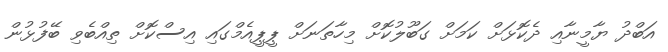
އަބްދު ޔާމީނާއި ދެކޮޅަށް ކަމަށް ގަބޫލުކޮށް މިހާތަނަށް ޕީޕީއެމްގައި އިސްކޮށް ތިއްބެވި ބޭފުޅުން